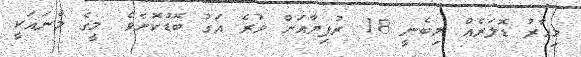
މިހާރު ޑޮލަރެއް ލިބެނީ 18 ރުފިޔާއަށް ވުރެ އަގު ބޮޑުކޮށެވެ. މީގެ މާނައަކީ